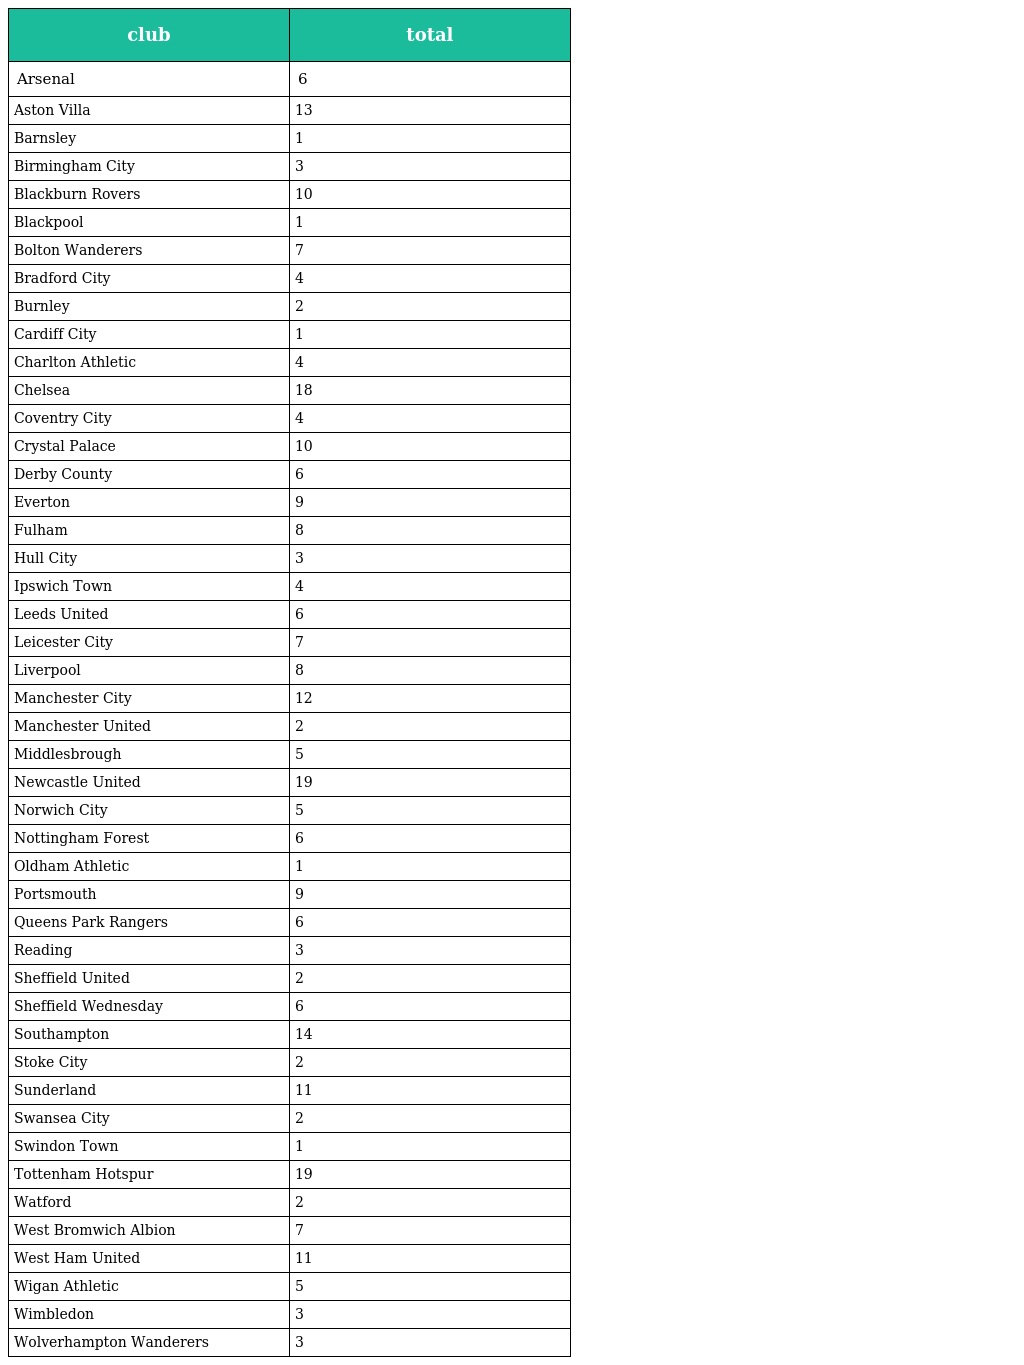
| club | total |
 | --- | --- |
 | Arsenal | 6 |
 | Aston Villa | 13 |
 | Barnsley | 1 |
 | Birmingham City | 3 |
 | Blackburn Rovers | 10 |
 | Blackpool | 1 |
 | Bolton Wanderers | 7 |
 | Bradford City | 4 |
 | Burnley | 2 |
 | Cardiff City | 1 |
 | Charlton Athletic | 4 |
 | Chelsea | 18 |
 | Coventry City | 4 |
 | Crystal Palace | 10 |
 | Derby County | 6 |
 | Everton | 9 |
 | Fulham | 8 |
 | Hull City | 3 |
 | Ipswich Town | 4 |
 | Leeds United | 6 |
 | Leicester City | 7 |
 | Liverpool | 8 |
 | Manchester City | 12 |
 | Manchester United | 2 |
 | Middlesbrough | 5 |
 | Newcastle United | 19 |
 | Norwich City | 5 |
 | Nottingham Forest | 6 |
 | Oldham Athletic | 1 |
 | Portsmouth | 9 |
 | Queens Park Rangers | 6 |
 | Reading | 3 |
 | Sheffield United | 2 |
 | Sheffield Wednesday | 6 |
 | Southampton | 14 |
 | Stoke City | 2 |
 | Sunderland | 11 |
 | Swansea City | 2 |
 | Swindon Town | 1 |
 | Tottenham Hotspur | 19 |
 | Watford | 2 |
 | West Bromwich Albion | 7 |
 | West Ham United | 11 |
 | Wigan Athletic | 5 |
 | Wimbledon | 3 |
 | Wolverhampton Wanderers | 3 |